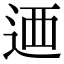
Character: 𨒿